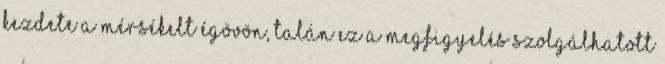
kezdete a mérsékelt égövön, talán ez a megfigyelés szolgálhatott